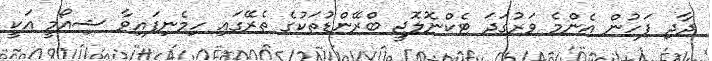
ދާދި ފަހުން އެންމެ ވަރުގަދަ ޓެކްނޮލޮޖީ ބްރޭންޑުތަކުގެ ތެރޭގައި ހިމެނިފައިވާ ޝިއޯމީ އަކީ